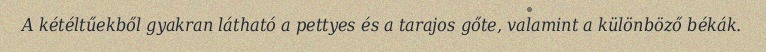
A kétéltűekből gyakran látható a pettyes és a tarajos gőte, valamint a különböző békák.